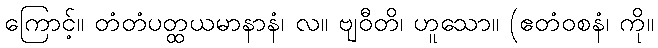
ကြောင့်။ တံတံပတ္ထယမာနာနံ၊ လ။ ဗျဝီတိ၊ ဟူသော။ (ဧတံဝစနံ၊ ကို။